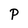
Character: P